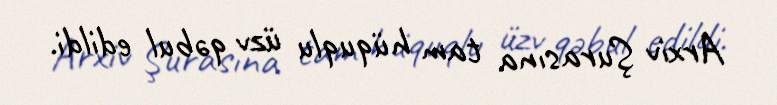
Arxiv Şurasına tam hüquqlu üzv qəbul edildi.